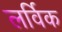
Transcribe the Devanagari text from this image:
लर्विक